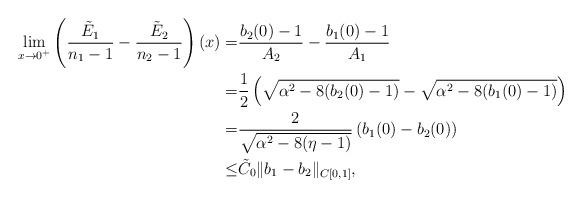
LaTeX: \begin{align*}\lim_{x\to0^+}\left( \frac{\tilde{E}_1}{n_1-1}-\frac{\tilde{E}_2}{n_2-1}\right)(x)=&\frac{b_2(0)-1}{A_2}-\frac{b_1(0)-1}{A_1}\\=&\frac{1}{2}\left(\sqrt{\alpha^2-8(b_2(0)-1)}-\sqrt{\alpha ^2-8(b_1(0)-1)}\right) \\=&\frac{2}{\sqrt{\alpha^2-8(\eta-1)}}\left(b_1(0)-b_2(0)\right) \\\leq&\tilde{C}_0\|b_1-b_2\|_{C[0, 1]},\end{align*}